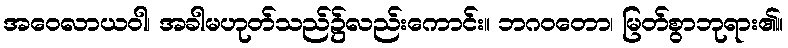
အဝေလာယဝါ၊ အခါမဟုတ်သည်၌လည်းကောင်း။ ဘဂဝတော၊ မြတ်စွာဘုရား၏။